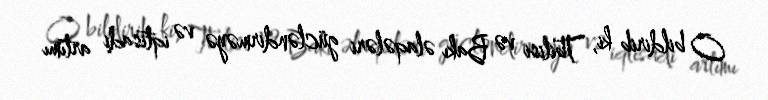
O bildirib ki, Tbilisi və Bakı əlaqələri gücləndirməyə və iqtisadi artımı